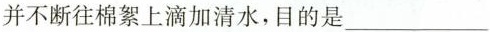
并不断往棉絮上滴加清水，目的是___。